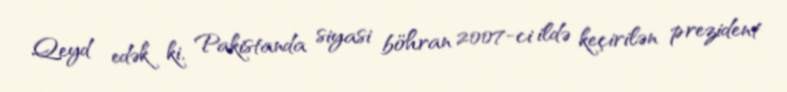
Qeyd edək ki, Pakistanda siyasi böhran 2007-ci ildə keçirilən prezident